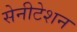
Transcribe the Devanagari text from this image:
सेनीटेशन